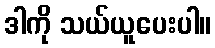
ဒါကို သယ်ယူပေးပါ။